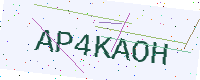
Text: AP4KAOH